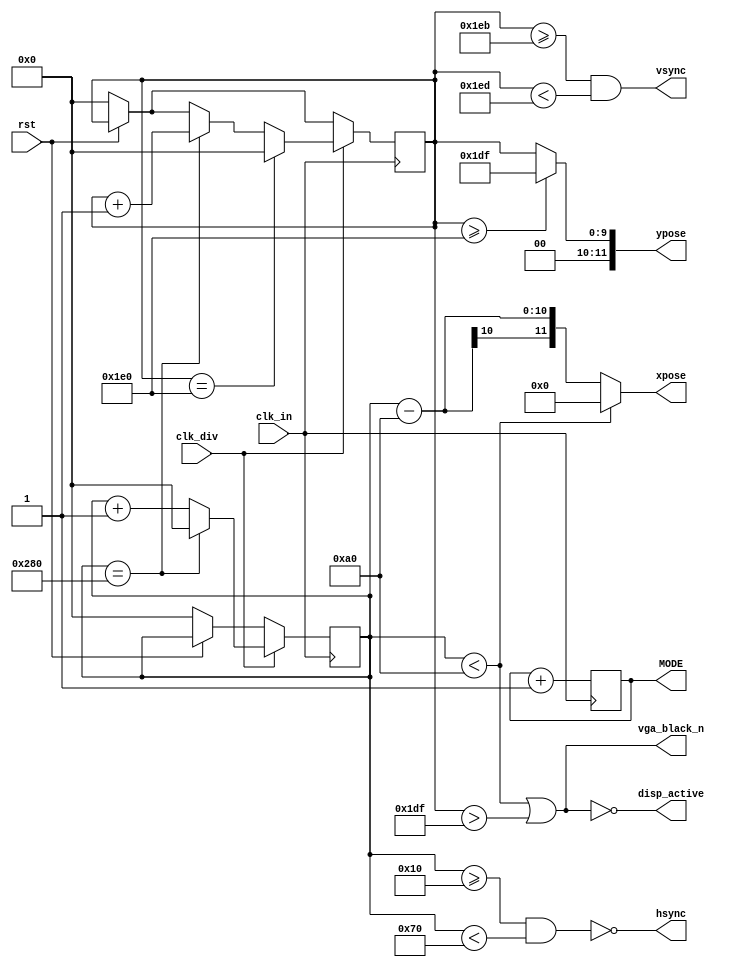
module VGA(
	input clk_in,
	input clk_div,
	input rst,
	output [11:0] xpose, ypose,
	output hsync, vsync,
	output vga_black_n,
	output disp_active,
	output reg [3:0] MODE
);

reg [9:0] h_count;
reg [9:0] v_count;

localparam LINE = 640;
localparam SCREEN = 480;
localparam HORIZONTAL_SYNC_START = 16;
localparam HORIZONTAL_SYNC_END = 16 + 96; 
localparam HA_STA = 16 + 96 + 48;
localparam VERTICAL_SYNC_STA = 480 + 11;
localparam VERTICAL_SYNC_END = 480 + 11 + 2;
localparam VA_END = 480;

assign hsync = ~((h_count >= HORIZONTAL_SYNC_START)&&(h_count < HORIZONTAL_SYNC_END));
assign vsync = ((v_count >= VERTICAL_SYNC_STA )&&(v_count < VERTICAL_SYNC_END));

assign xpose = (h_count < HA_STA) ? 0 : (h_count - HA_STA);
assign ypose = (v_count >= VA_END) ? (VA_END - 1) : (v_count);

assign vga_black_n = ((h_count < HA_STA) | (v_count > VA_END - 1));
assign disp_active = ~((h_count < HA_STA) | (v_count > VA_END - 1)); 

always@(posedge clk_in) begin

	if(rst == 0) begin
		h_count <= 0;
		v_count <= 0;
	end
	if(clk_div) begin 
		if(h_count == LINE) begin 
					h_count <= 0;
					v_count <= v_count + 1;
					end
					else 
					h_count <= h_count + 1;
				if(v_count == SCREEN)
					v_count <= 0;
				end
	MODE <= MODE + 4'b0001;
		
	end

endmodule